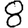
Digit: 8